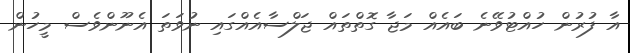
އާ ފުރުން ހުއްޓުވޭނެ ބައެއް މަޖާ ގޮތްްތައް ޖަލްސާއެއްގައި ނުވަތަ އެނޫންވެސް މީހުން